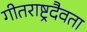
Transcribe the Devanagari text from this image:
गीतराष्ट्रदैवता